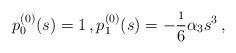
LaTeX: \begin{align*}p^{(0)}_0(s)=1\,,p^{(0)}_1(s)=-\frac{\i}{6} \alpha_3 s^3\,,\end{align*}